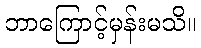
ဘာကြောင့်မှန်းမသိ။